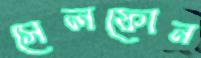
সেলফোন